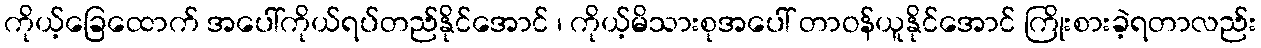
ကိုယ့်ခြေထောက် အပေါ်ကိုယ်ရပ်တည်နိုင်အောင် ၊ ကိုယ့်မိသားစုအပေါ် တာဝန်ယူနိုင်အောင် ကြိုးစားခဲ့ရတာလည်း